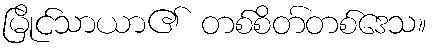
မြိုင်သာယာ၏ တစ်စိတ်တစ်ဒေသ။